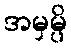
အမှမ္ပိ